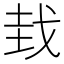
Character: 𫻮